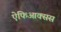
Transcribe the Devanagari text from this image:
ऐंफिआक्सस